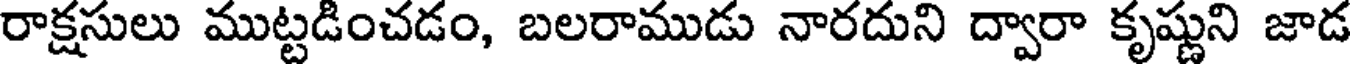
రాక్షసులు ముట్టడించడం, బలరాముడు నారదుని ద్వారా కృష్ణుని జాడ